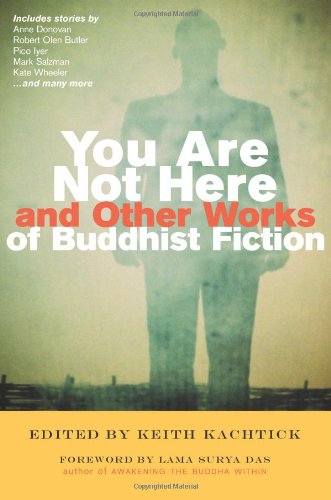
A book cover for You Are Not Here and Other Works of Buddhist Fiction; Religion & Spirituality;